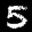
Label: 5